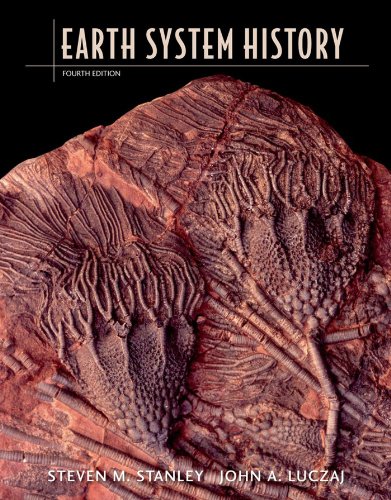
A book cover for Earth System History; Steven M. Stanley; Science & Math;